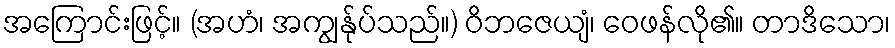
အကြောင်းဖြင့်။ (အဟံ၊ အကျွန်ုပ်သည်။) ဝိဘဇေယျံ၊ ဝေဖန်လို၏။ တာဒိသော၊